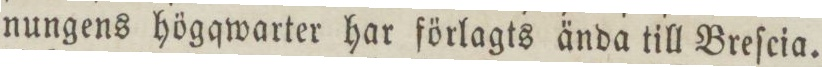
nungens högqwarter har förlagts ända till Breſcia.